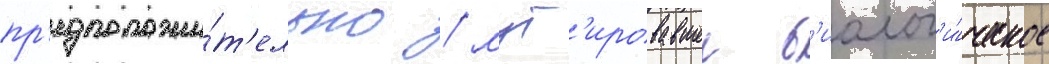
пр'едположи́т'ельно / мут'ировавшее б'иолог'и́ческое